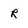
Character: r